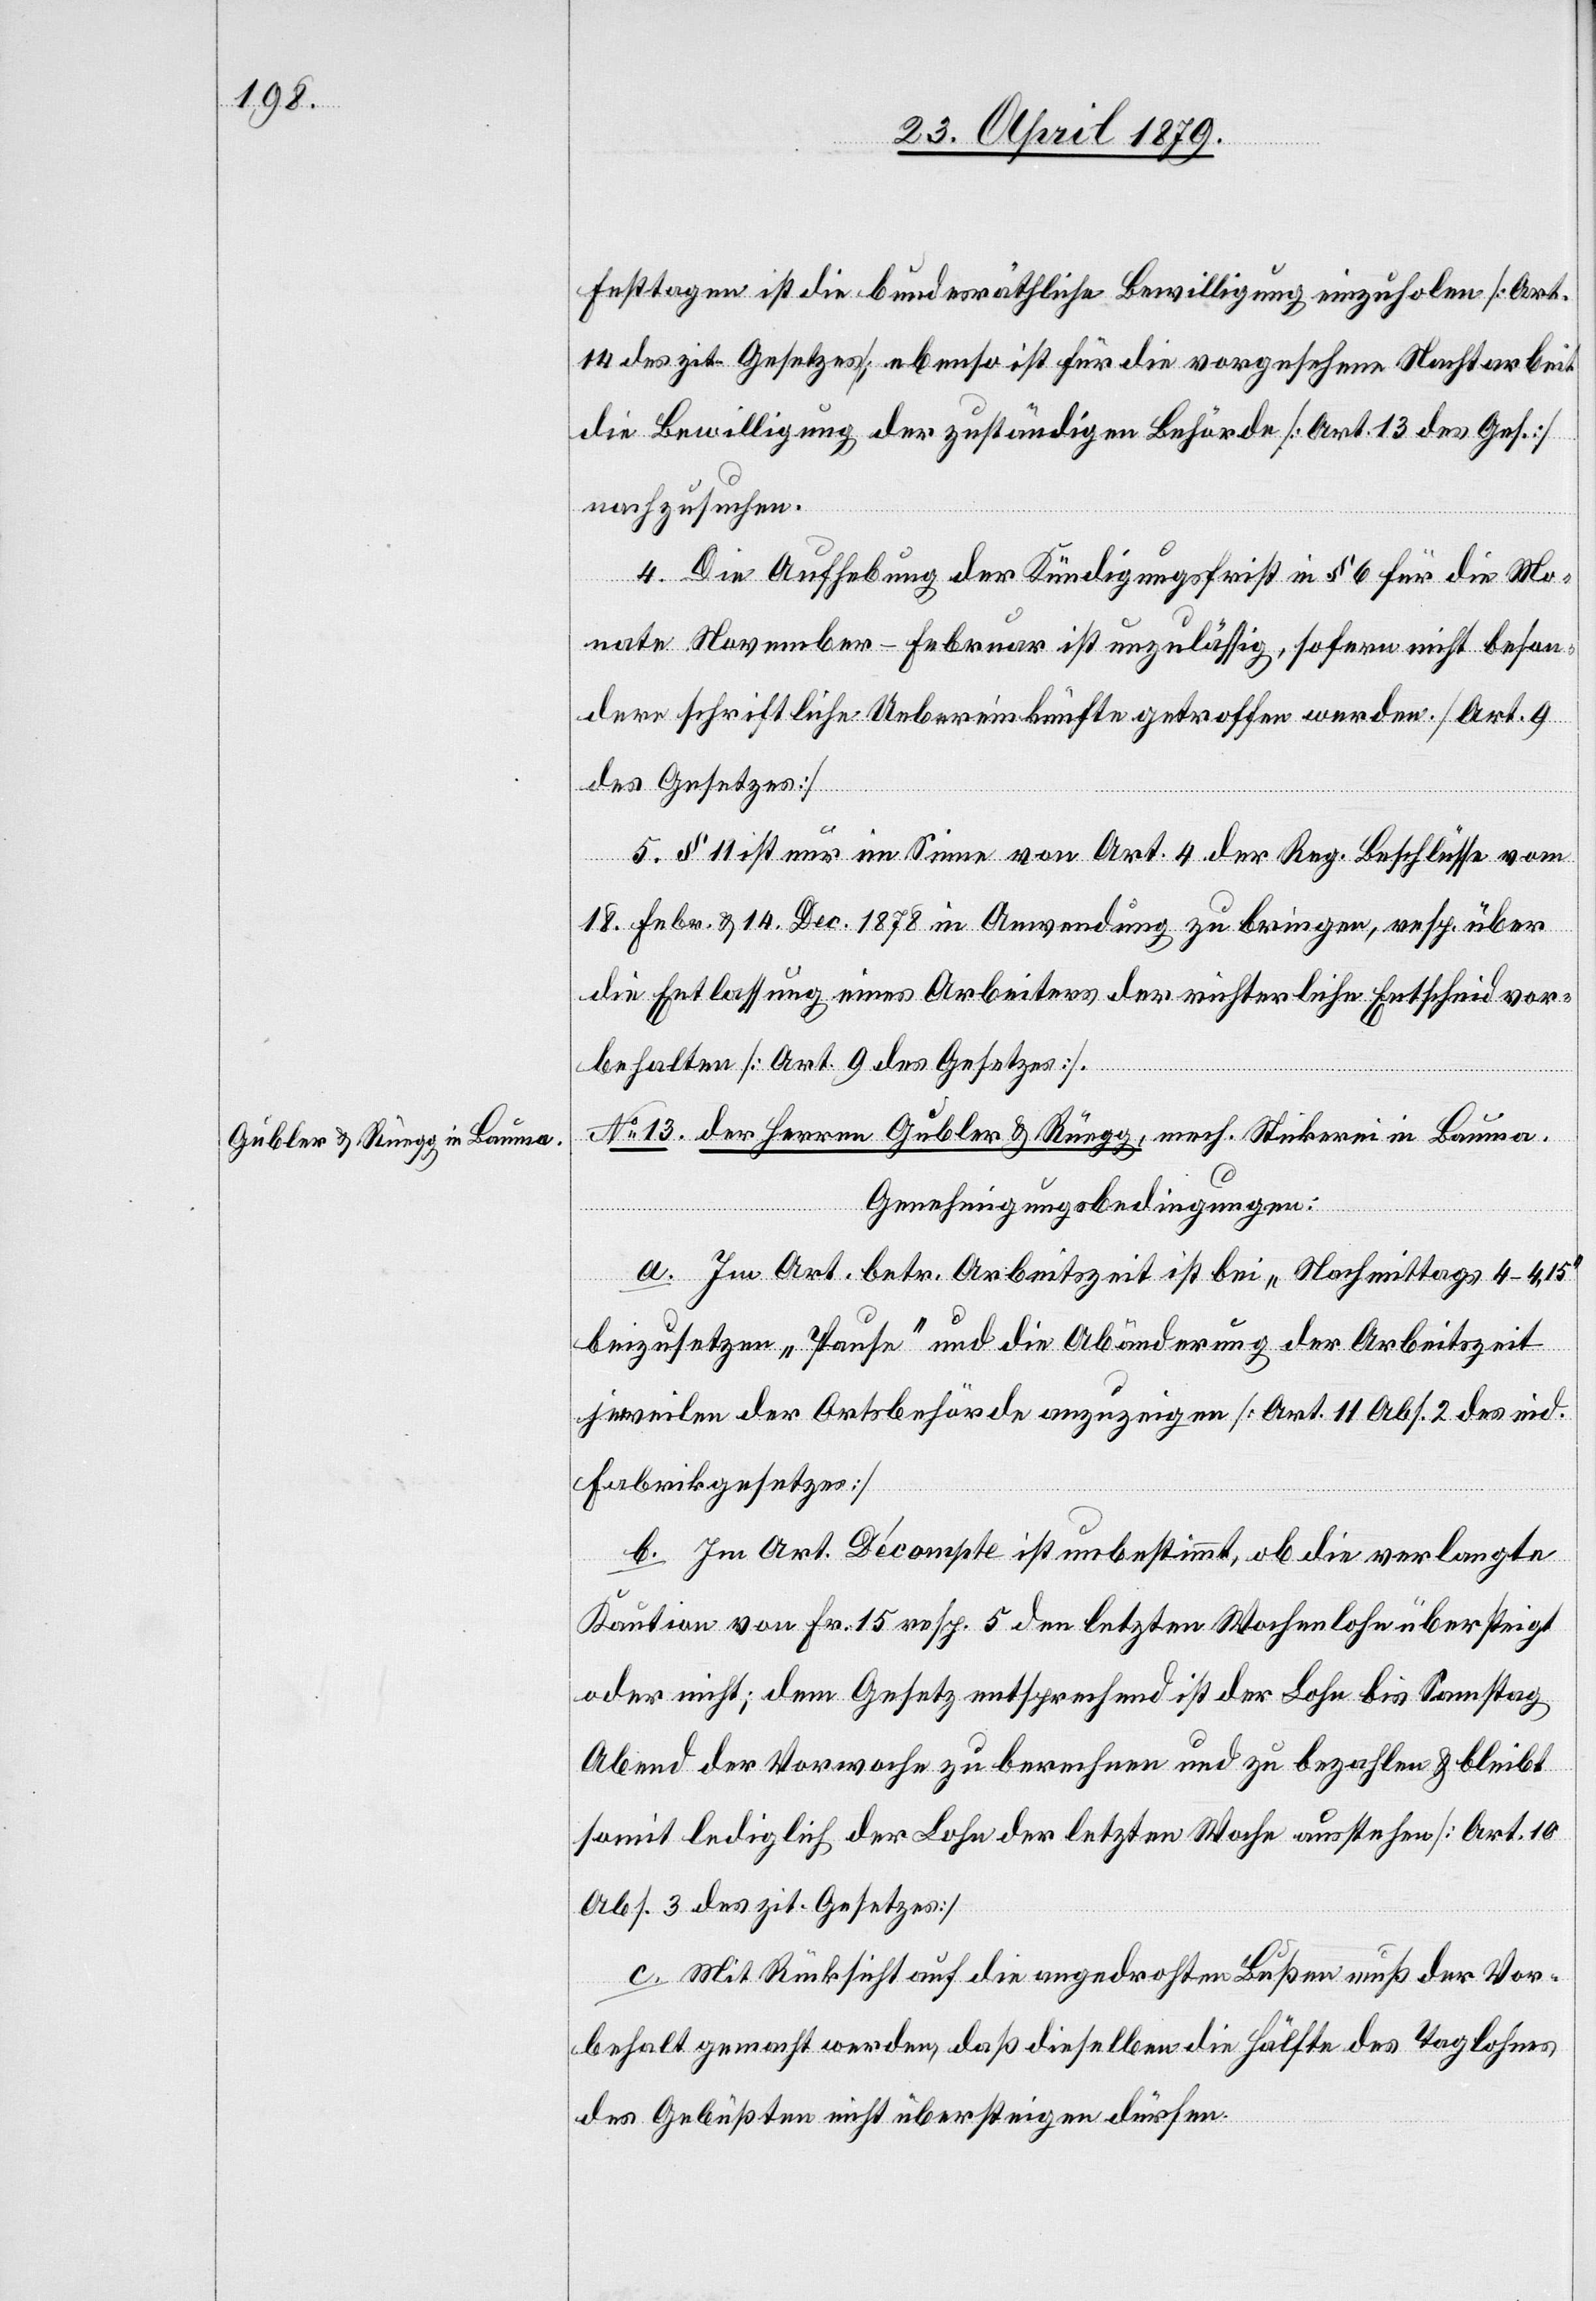
Festtagen ist die bundesräthliche Bewilligung einzuholen [Art.
14 des zit. Gesetzes]; ebenso ist für die vorgesehene Nachtarbeit
die Bewilligung der zuständigen Behörde [Art. 13 des Ges.]
nachzusuchen.
4. Die Aufhebung der Kündigungsfrist in § 6 für die Mo¬
nate November–Februar ist unzulässig, sofern nicht beson¬
dere schriftliche Uebereinkünfte getroffen werden. [Art. 9
des Gesetzes]
5. § 11 ist nur im Sinne von Art. 4 der Reg. Beschlüsse vom
18. Febr. & 14. Dec. 1878 in Anwendung zu bringen, resp. über
die Entlassung eines Arbeiters der richterliche Entscheid vor¬
behalten [Art. 9 des Gesetzes].
No 13. der Herren Gubler & Rüegg, mech. Stickerei in Bauma.
Genehmigungsbedingungen:
a. Im Art. betr. Arbeitszeit ist bei „Nachmittags 4–4,15“
beizusetzen „Pause“ und die Abänderung der Arbeitszeit
jeweilen der Ortsbehörde anzuzeigen [Art. 11 Abs. 2 des eid.
Fabrikgesetzes]
b. Im Art. Décompte ist unbestimmt, ob die verlangte
Kaution von Fr. 15 resp. 5 den letzten Wochenlohn übersteigt
oder nicht; dem Gesetz entsprechend ist der Lohn bis Samstag
Abend der Vorwoche zu berechnen und zu bezahlen & bleibt
somit lediglich der Lohn der letzten Woche ausstehen [Art. 10
Abs. 3 des zit. Gesetzes]
c. Mit Rücksicht auf die angedrohten Bußen muß der Vor¬
behalt gemacht werden, daß dieselben die Hälfte des Taglohnes
des Gebüßten nicht übersteigen dürfen.